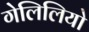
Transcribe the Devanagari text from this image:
गेलिलियो